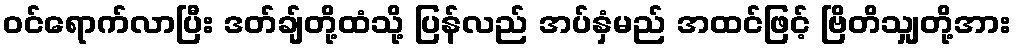
ဝင်ရောက်လာပြီး ဒတ်ချ်တို့ထံသို့ ပြန်လည် အပ်နှံမည် အထင်ဖြင့် ဗြိတိသျှတို့အား